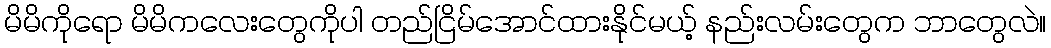
မိမိကိုရော မိမိကလေးတွေကိုပါ တည်ငြိမ်အောင်ထားနိုင်မယ့် နည်းလမ်းတွေက ဘာတွေလဲ။